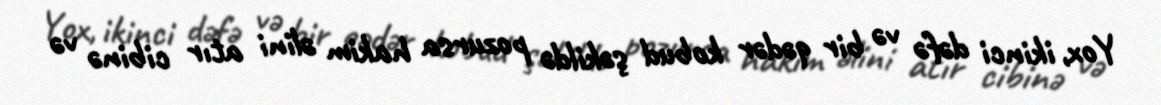
Yox, ikinci dəfə və bir qədər kobud şəkildə pozursa hakim əlini atır cibinə və